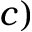
c )